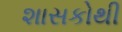
શાસકોથી